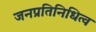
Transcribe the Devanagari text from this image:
जनप्रतिनिधित्व